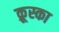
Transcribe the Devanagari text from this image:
क्रूस्का